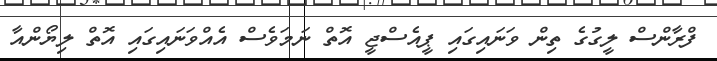
ފްރާންސް ލީގުގެ ތިން ވަނައިގައި ޕީއެސްޖީ އޮތް ނަމަވެސް އެއްވަނައިގައި އޮތް ލިޔޯންއާ